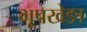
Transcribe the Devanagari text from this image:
भूपखेङा